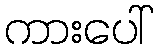
ကားပေါ်